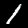
Label: 1